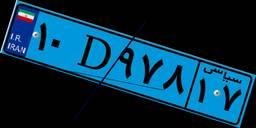
۱۰D۹۷۸۱۷